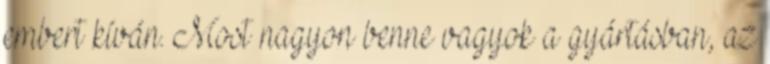
embert kíván. Most nagyon benne vagyok a gyártásban, az